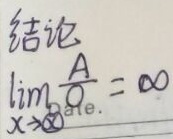
结论：\(\lim_{x\rightarrow x_0}\frac{A}{\alpha}= \infty\)